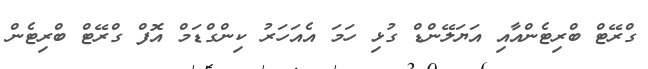
ގްރޭޓް ބްރިޓެންއާއި އަޔަލޭންޑް ގުޅި ހަމަ އެއަހަރު ކިންގްޑަމް އޮފް ގްރޭޓް ބްރިޓެން